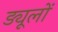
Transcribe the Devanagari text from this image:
ड्यूलों